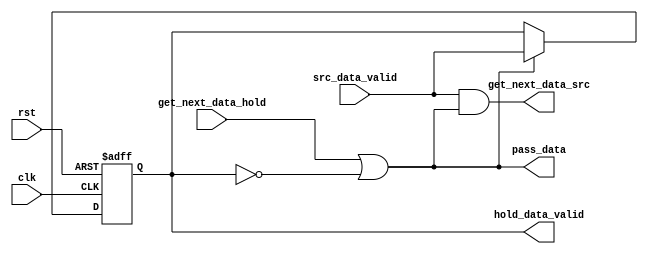
`timescale 1ns / 1ns
///////////////////////////////////////////////////////////////////////////////////////////////////
// Company: MICROSEMI
//
// IP Core: COREAXI4INTERCONNECT
//
//  Description  : The AMBA AXI4 Interconnect core connects one or more AXI memory-mapped master devices to one or
//                 more memory-mapped slave devices. The AMBA AXI protocol supports high-performance, high-frequency
//                 system designs.
//
//  COPYRIGHT 2017 BY MICROSEMI 
//  THE INFORMATION CONTAINED IN THIS DOCUMENT IS SUBJECT TO LICENSING RESTRICTIONS 
//  FROM MICROSEMI CORP.  IF YOU ARE NOT IN POSSESSION OF WRITTEN AUTHORIZATION FROM 
//  MICROSEMI FOR USE OF THIS FILE, THEN THE FILE SHOULD BE IMMEDIATELY DESTROYED AND 
//  NO BACK-UP OF THE FILE SHOULD BE MADE. 
//
//
/////////////////////////////////////////////////////////////////////////////////////////////////// 


module caxi4interconnect_Hold_Reg_Ctrl

  (
    input wire rst,
    input wire clk,

		input wire src_data_valid, //!fifo_empty,
		input wire get_next_data_hold,
		
    
		output wire pass_data,
		output wire get_next_data_src, //fifo_rd_en,
		output reg  hold_data_valid //!hold_reg_empty

  );

	// Allow data into holding register when data is being taken from the holding register OR the holding register is empty.
	assign pass_data = (get_next_data_hold | !hold_data_valid);
	
	// Read more data from the source as there is data available at the source and we're passing the previous data to the holding register.
	assign get_next_data_src = (src_data_valid & pass_data); 
	
  always @(posedge clk or negedge rst) begin
    if (!rst) begin
       hold_data_valid <= 'b0;
			end
    else begin
    // When passing data, indicate that data in the holding register is valid if source data was valid.
			if (pass_data)	hold_data_valid <= src_data_valid;

    end
  end

endmodule